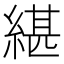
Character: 𦂼